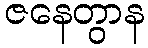
ဇနေတွာန